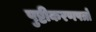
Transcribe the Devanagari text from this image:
पुष्टीकरणपत्रों